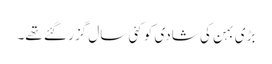
بڑی بہن کی شادی کو کئی سال گزر گئے تھے۔